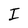
Character: I